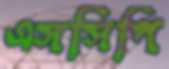
এসসিপি